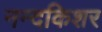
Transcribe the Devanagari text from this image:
नन्दकिशर